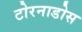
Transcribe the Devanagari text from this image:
टोरनाडोस